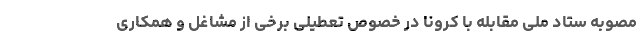
مصوبه ستاد ملی مقابله با کرونا در خصوص تعطیلی برخی از مشاغل و همکاری